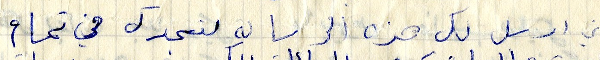
اني ارسل لك هذه الرسالة لنجدك في تمام